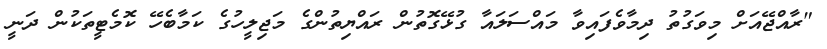
"ރާއްޖޭއަށް މިވަގުތު ދިމާވެފައިވާ މައްސަލައާ ގުޅޭގޮތުން ރައްޔިތުންގެ މަޖިލީހުގެ ކަމާބެހޭ ކޮމެޓީތަކުން ދަނީ